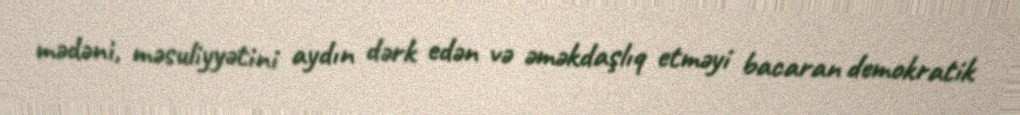
mədəni, məsuliyyətini aydın dərk edən və əməkdaşlıq etməyi bacaran demokratik